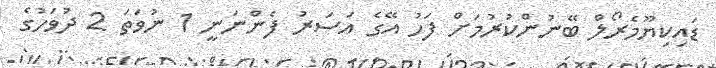
ޑައިކިޔޫމެރޯލް ބޭނުންކުރުމަށް ފަހު އޭގެ އަސަރު ފެންނަނީ 1 ނުވަތަ 2 ދުވަހުގެ